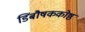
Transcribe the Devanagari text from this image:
डिंबौषककोष्ठ